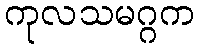
ကုလသမဂ္ဂက